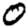
Digit: 0